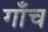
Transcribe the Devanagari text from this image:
गाँच